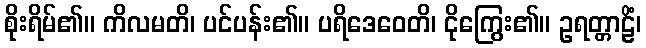
စိုးရိမ်၏။ ကိလမတိ၊ ပင်ပန်း၏။ ပရိဒေဝေတိ၊ ငိုကြွေး၏။ ဥရတ္တာဠိံ၊